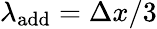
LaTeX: \lambda_{\mathrm{add}}=\Delta x/3